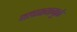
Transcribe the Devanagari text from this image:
जलाशयामुळे